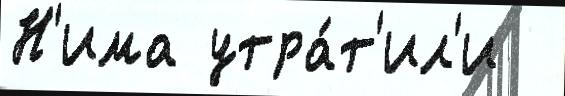
Н'има утра́т'ил'и